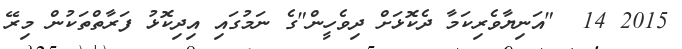
2015 14  "އަނިޔާވެރިކަމާ ދެކޮޅަށް ދިވެހީން"ގެ ނަމުގައި އިދިކޮޅު ފަރާތްތަކުން މިރޭ